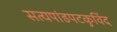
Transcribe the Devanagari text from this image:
सत्यपांडपटकुविंद